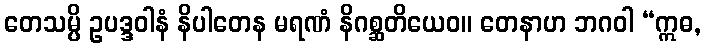
တေသမ္ပိ ဥပဒ္ဒဝါနံ နိပါတေန မရဏံ နိဂစ္ဆတိယေဝ။ တေနာဟ ဘဂဝါ “ဣဓ,